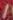
/